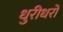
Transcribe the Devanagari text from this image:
धुरीधरो